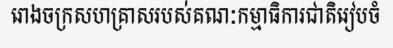
រោងចក្រសហគ្រាសរបស់គណៈកម្មាធិការជាតិរៀបចំ